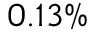
0 . 1 3 \%